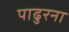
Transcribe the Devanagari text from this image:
पाढुरना